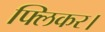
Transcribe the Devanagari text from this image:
फ्लिकर।